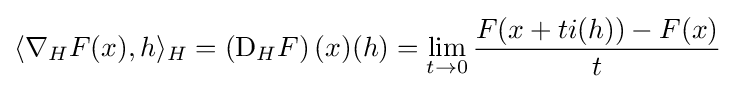
\langle \nabla _{H}F(x),h\rangle _{H}=\left(\mathrm {D} _{H}F\right)(x)(h)=\lim _{t\to 0}{\frac {F(x+ti(h))-F(x)}{t}}